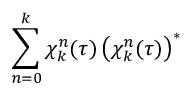
\sum _ { n = 0 } ^ { k } \chi _ { k } ^ { n } ( \tau ) \left( \chi _ { k } ^ { n } ( \tau ) \right) ^ { * }